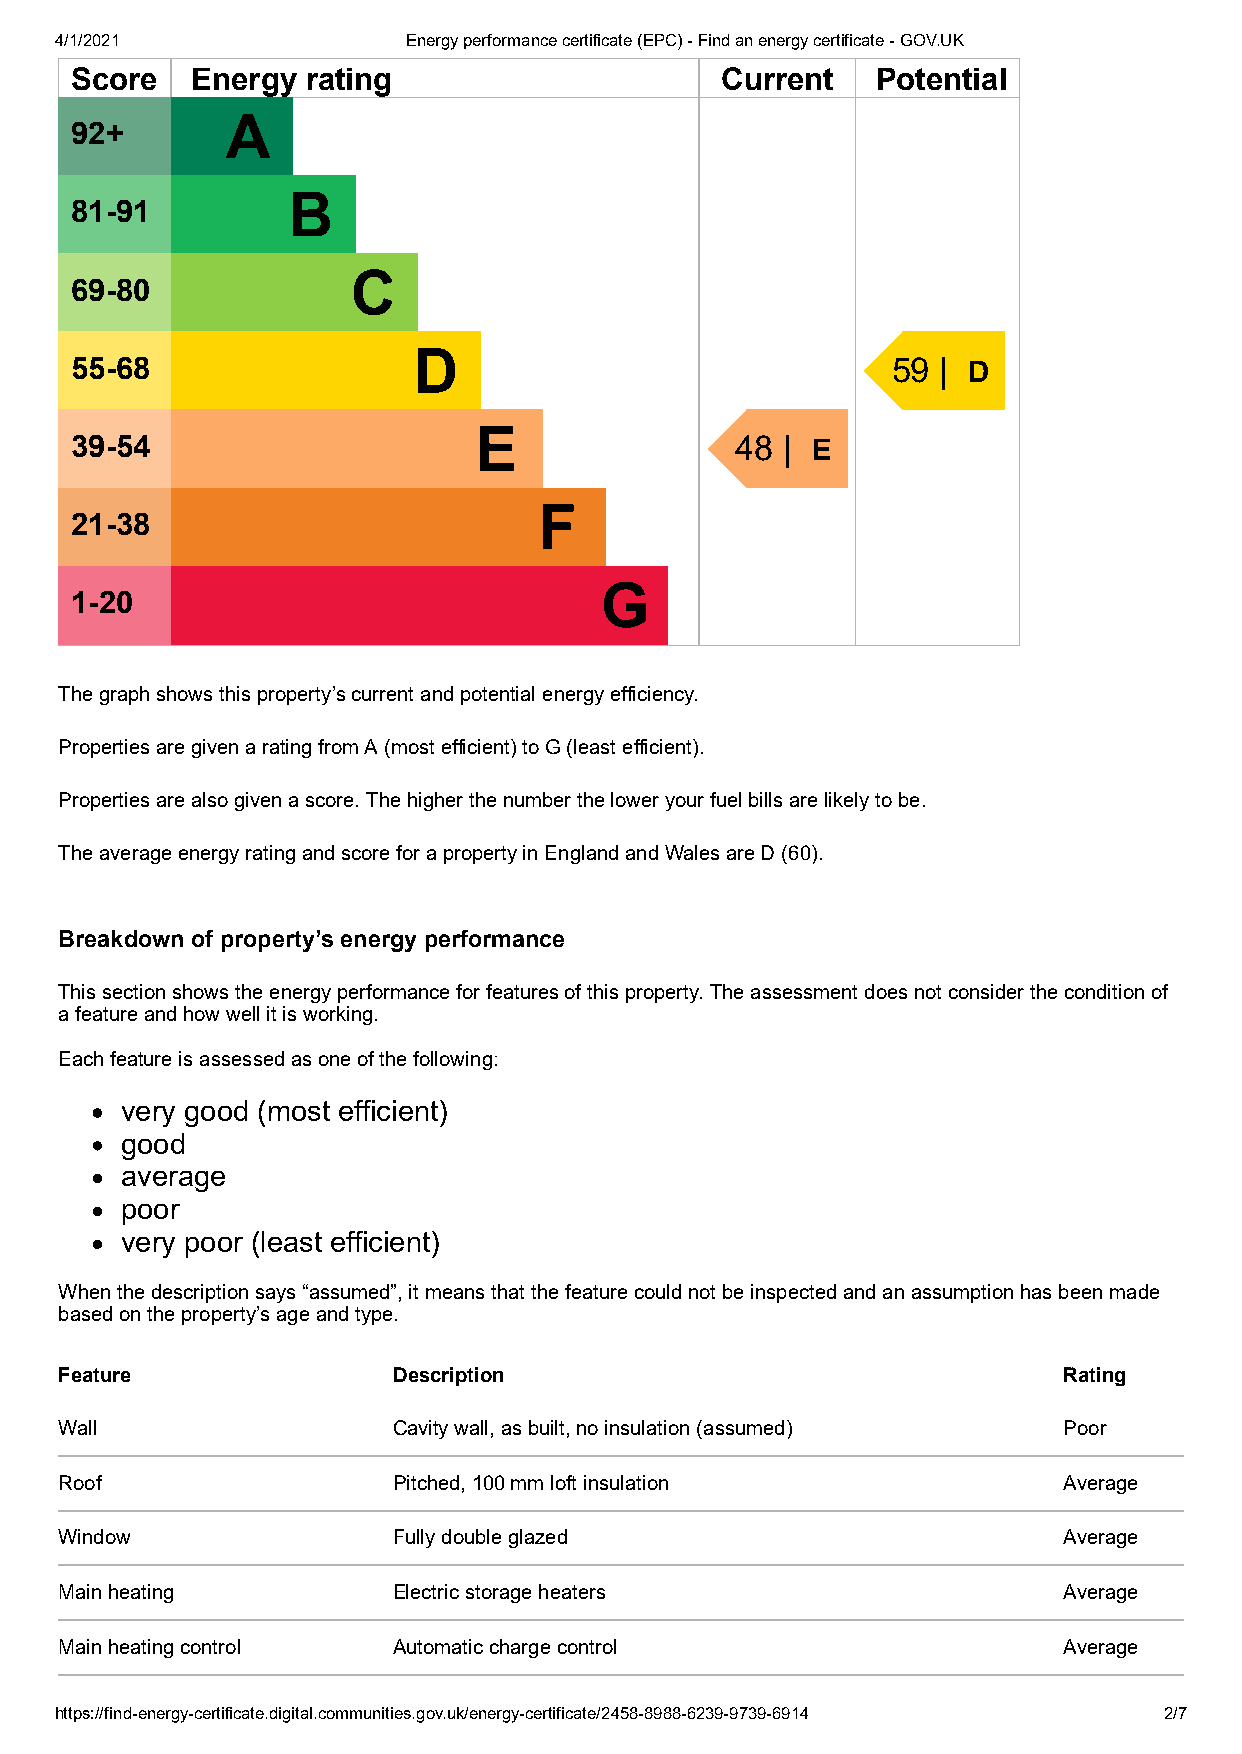
4/1/2021               Energy performance certificate (EPC) - Find an energy certificate - GOV.UK
 Score   Energy rating                      Current   Potential
 A
 92+
 B
 81-91
 C
 69-80
 D
 55-68                                                 59 | D
 E
 39-54                                       48 | E
 F
 21-38
 G
 1-20
 The graph shows this property’s current and potential energy efficiency.
 Properties are given a rating from A (most efficient) to G (least efficient).
 Properties are also given a score. The higher the number the lower your fuel bills are likely to be.
 The average energy rating and score for a property in England and Wales are D (60).
 Breakdown of property’s energy performance
 This section shows the energy performance for features of this property. The assessment does not consider the condition of
 a feature and how well it is working.
 Each feature is assessed as one of the following:
 very good (most efficient)
 good
 average
 poor
 very poor (least efficient)
 When the description says “assumed”, it means that the feature could not be inspected and an assumption has been made
 based on the property’s age and type.
 Feature               Description                                 Rating
 Wall                  Cavity wall, as built, no insulation (assumed) Poor
 Roof                  Pitched, 100 mm loft insulation             Average
 Window                Fully double glazed                         Average
 Main heating          Electric storage heaters                    Average
 Main heating control  Automatic charge control                    Average
 https://find-energy-certificate.digital.communities.gov.uk/energy-certificate/2458-8988-6239-9739-6914 2/7